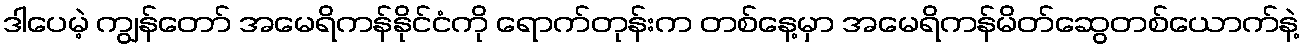
ဒါပေမဲ့ ကျွန်တော် အမေရိကန်နိုင်ငံကို ရောက်တုန်းက တစ်နေ့မှာ အမေရိကန်မိတ်ဆွေတစ်ယောက်နဲ့